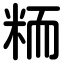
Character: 粫